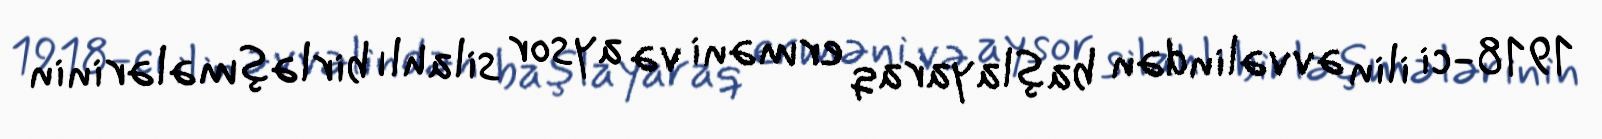
1918-ci ilin əvvəlindən başlayaraq erməni və aysor silahlı birləşmələrinin